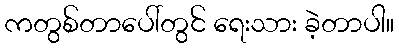
ကတွစ်တာပေါ်တွင် ရေးသား ခဲ့တာပါ။